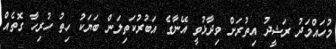
މުހައްމަދު ރަޝީދު އިތުރަށް ވިދާޅުވީ އޭނާގެ އަބުރުކަތިލަން ބަޔަކު ހިތު ހުރިހާ ގޮތެއް